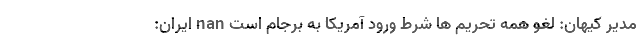
مدیر کیهان: لغو همه تحریم ها شرط ورود آمریکا به برجام است nan ایران: